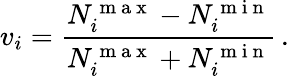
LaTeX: v_{i}=\frac{N_{i}^{\mathrm{~m~a~x~}}-N_{i}^{\mathrm{~m~i~n~}}}{N_{i}^{\mathrm{~m~a~x~}}+N_{i}^{\mathrm{~m~i~n~}}}\, .